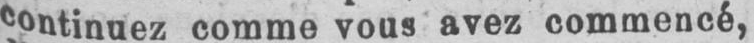
continuez comme vous avez commencé,